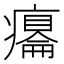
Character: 𤻋